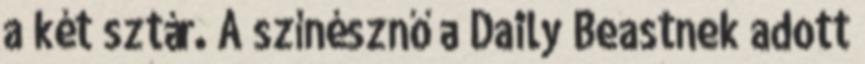
a két sztár. A színésznő a Daily Beastnek adott